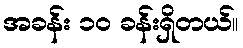
အခန်း ၁၀ ခန်းရှိတယ်။